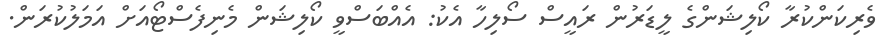
ވެރިކަންކުރާ ކޯލިޝަންގެ ލީޑަރުން ރައީސް ސޯލިހާ އެކު: އެއްބަސްވީ ކޯލިޝަން މެނިފެސްޓޯއަށް އަމަލުކުރަން.